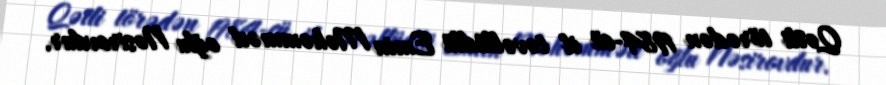
Qətli törədən 1984-cü il təvəllüdlü Emin Məhəmməd oğlu Nəsirovdur.